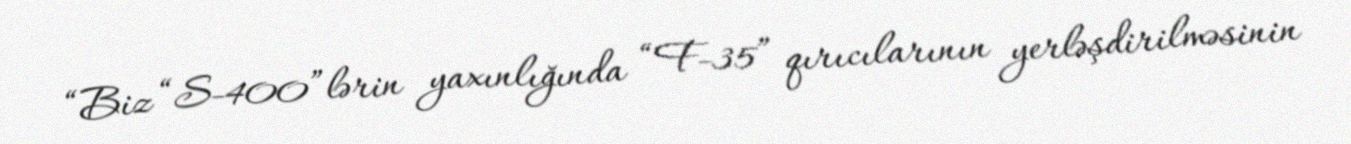
“Biz “S-400”lərin yaxınlığında “F-35” qırıcılarının yerləşdirilməsinin